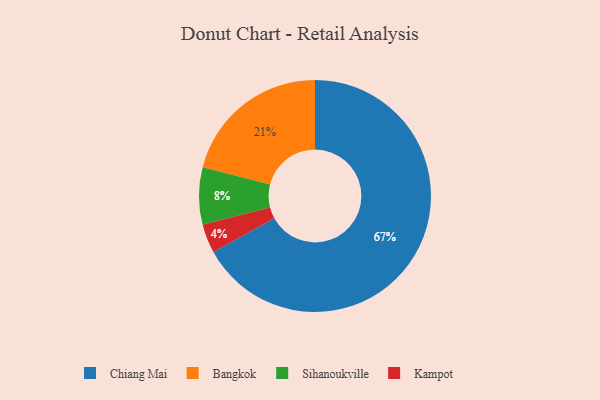
{"axis": {"x": "Category", "y": "Percentage"}, "legend": ["Bangkok", "Chiang Mai", "Kampot", "Sihanoukville"], "data": [{"x": "Kampot", "y": 4, "type": "Kampot"}, {"x": "Chiang Mai", "y": 67, "type": "Chiang Mai"}, {"x": "Bangkok", "y": 21, "type": "Bangkok"}, {"x": "Sihanoukville", "y": 8, "type": "Sihanoukville"}]}